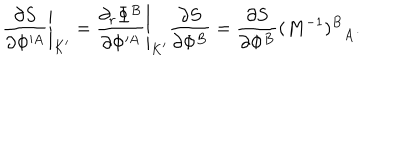
\left. { \frac { \partial S } { \partial \Phi ^ { \prime A } } } \right| _ { K ^ { \prime } } = \left. { \frac { \partial _ { r } \Phi ^ { B } } { \partial \Phi ^ { \prime A } } } \right| _ { K ^ { \prime } } { \frac { \partial S } { \partial \Phi ^ { B } } } = { \frac { \partial S } { \partial \Phi ^ { B } } } { ( M ^ { - 1 } ) ^ { B } } _ { A } .